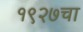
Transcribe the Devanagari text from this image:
१९२७चा